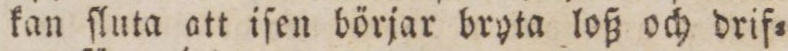
kan ſluta att iſen börjar bryta loß och drif=